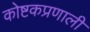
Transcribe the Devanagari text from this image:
कोष्टकप्रणाली